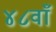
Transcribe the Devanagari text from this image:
४८वाँ